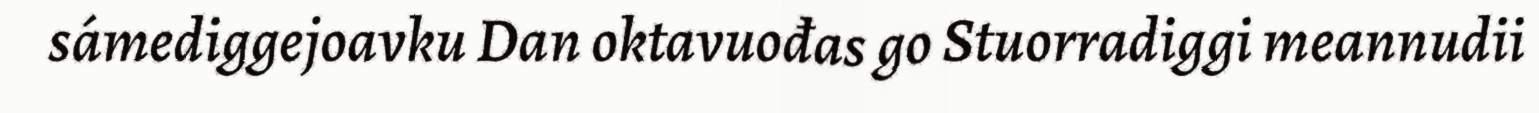
sámediggejoavku Dan oktavuođas go Stuorradiggi meannudii